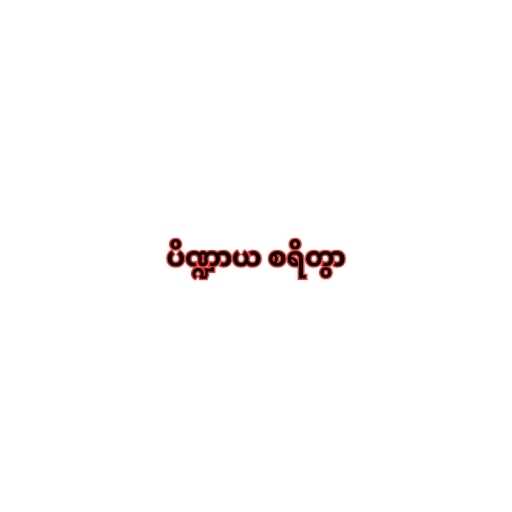
ပိဏ္ဍာယ စရိတွာ